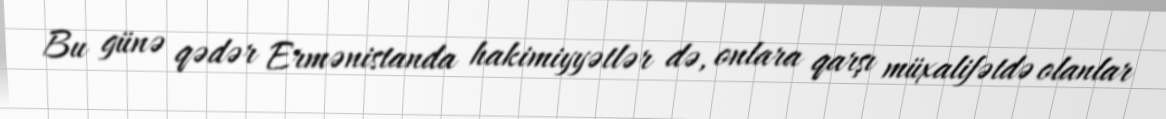
Bu günə qədər Ermənistanda hakimiyyətlər də, onlara qarşı müxalifətdə olanlar